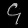
Digit: ၄